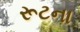
રૂટના